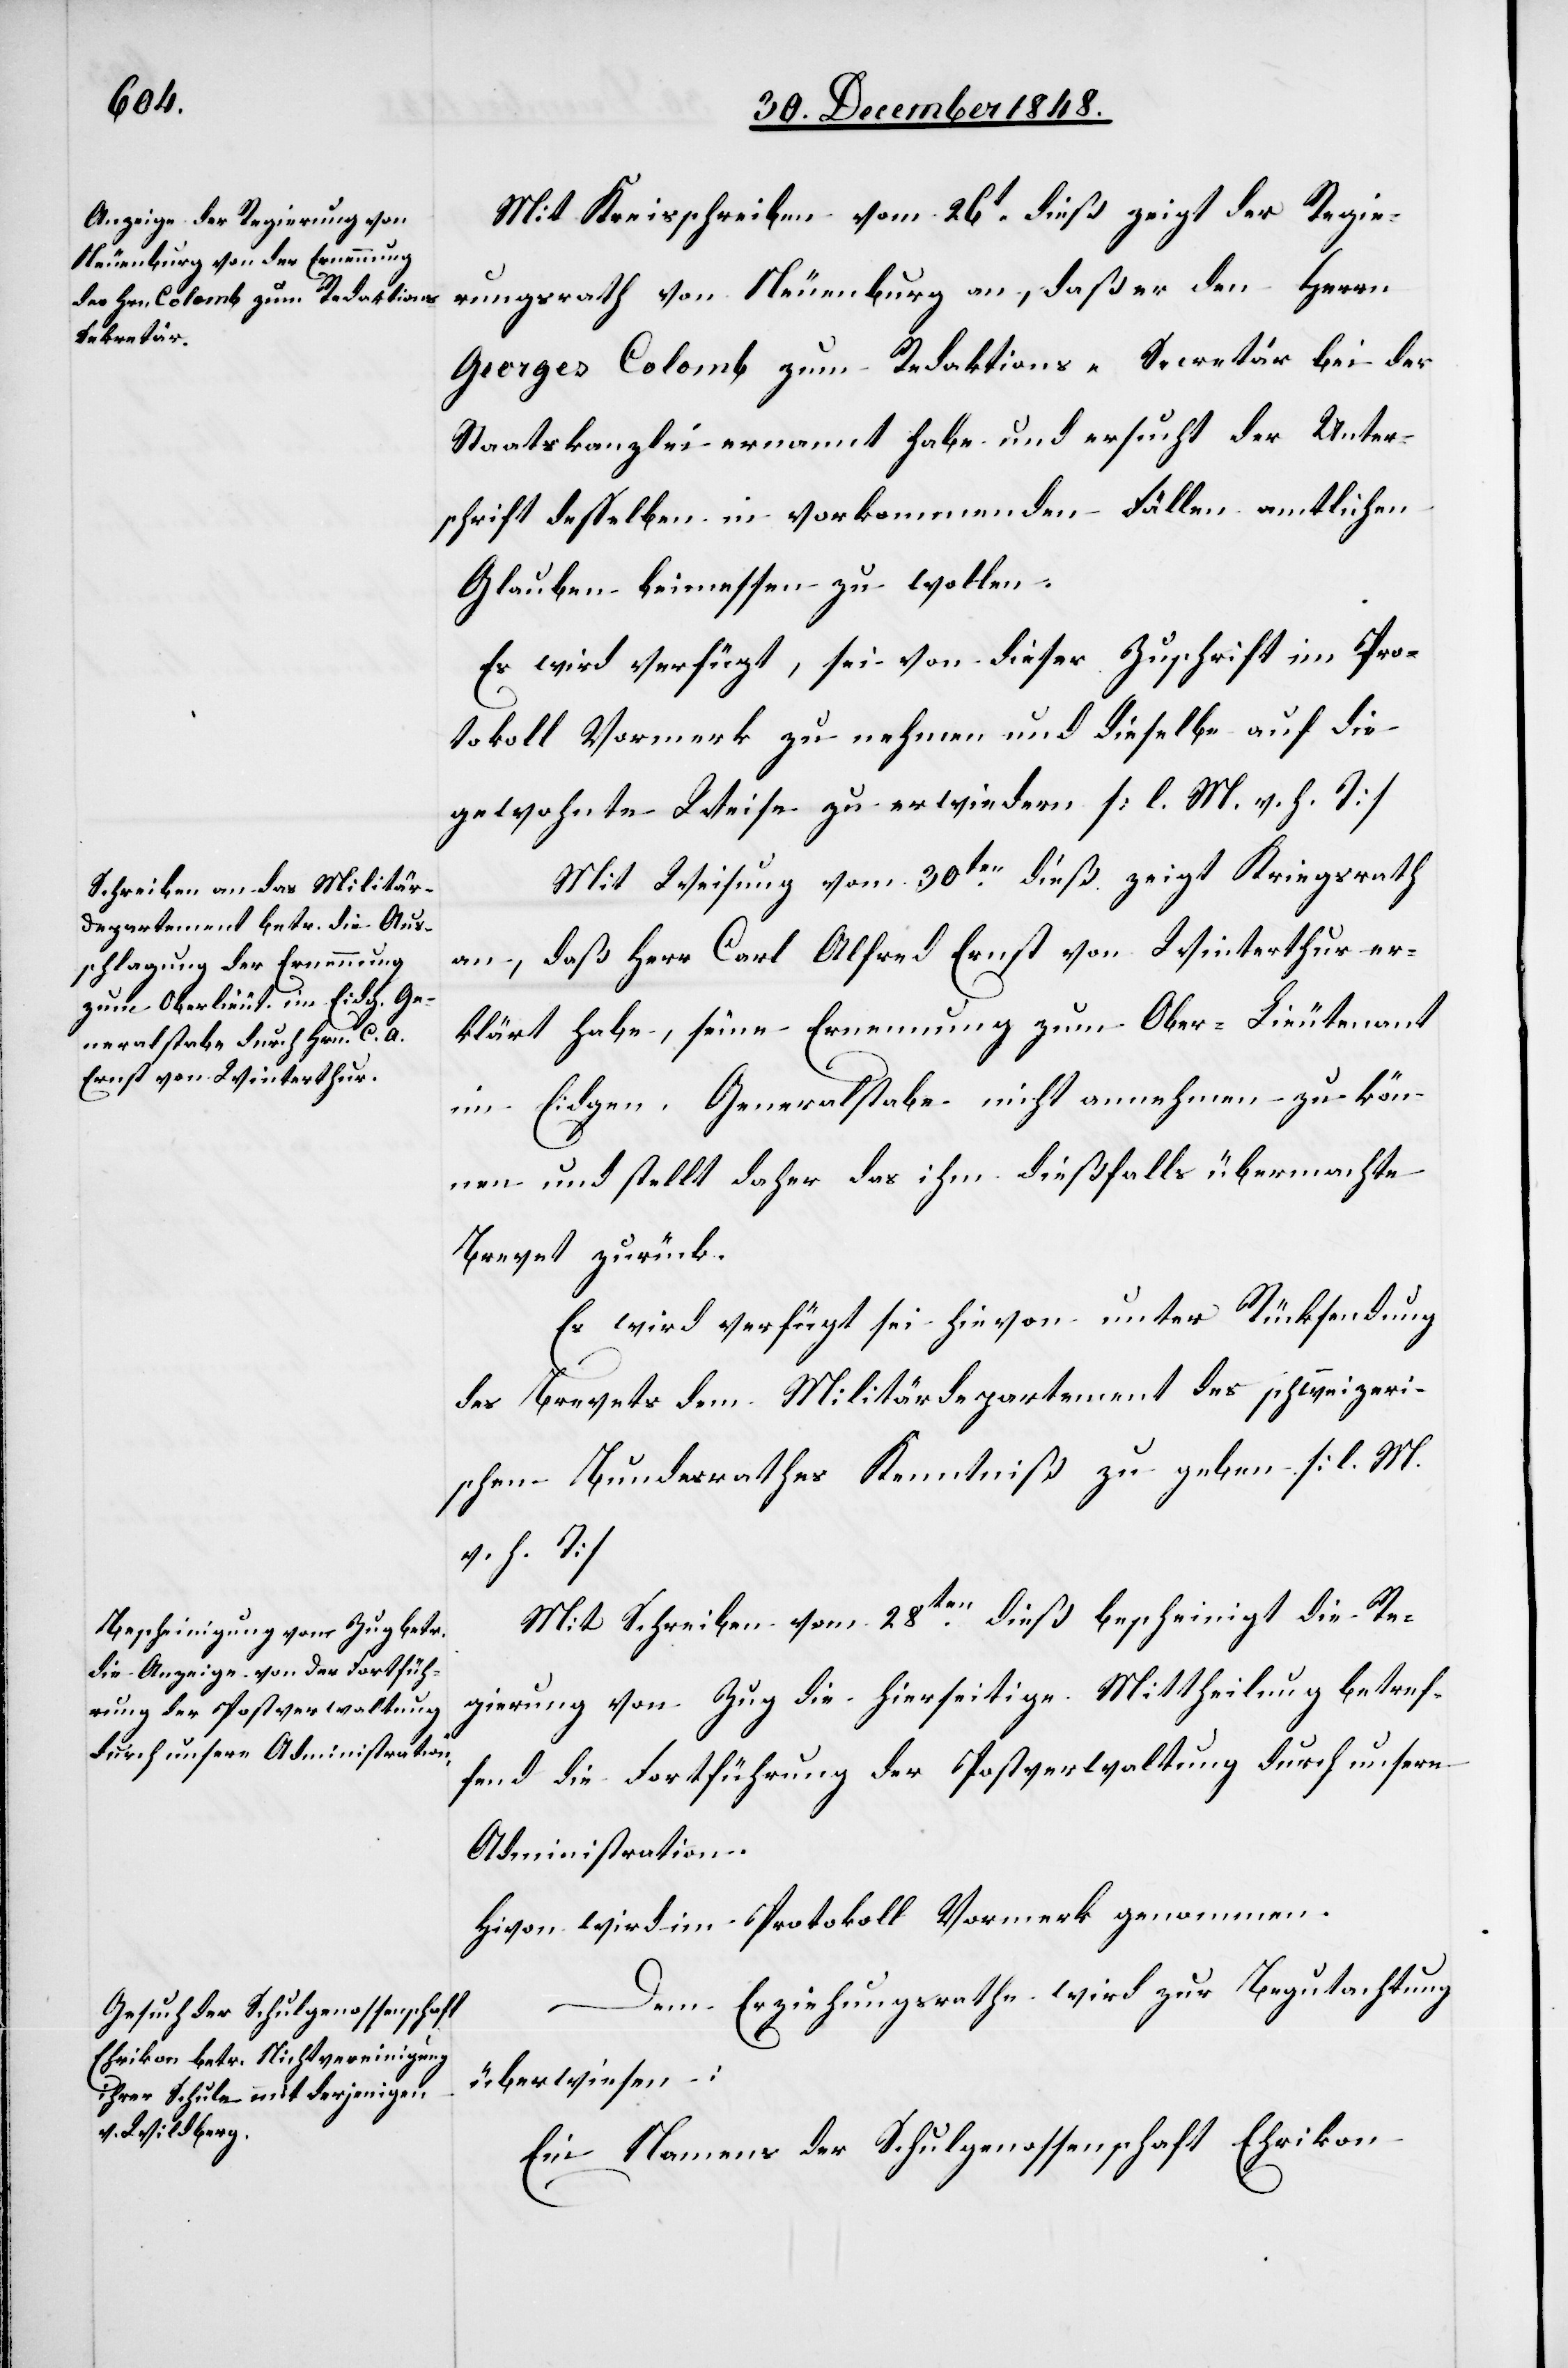
31t December 1848.]
Mit Kreisschreiben vom 26t dieß zeigt der Regie¬
rungsrath von Neuenburg an, daß er den Herrn
Georges Colomb zum Redaktions-Sekretär bei der
Staatskanzlei ernannt habe und ersucht der Unter¬
schrift desselben in vorkommenden Fällen amtlichen
Glauben beimessen zu wollen.
Es wird verfügt, sei von dieser Zuschrift im Pro¬
tokoll Vormerk zu nehmen und dieselbe auf die
gewohnte Weise zu erwiedern [l. M. v. h. T]
Mit Weisung vom 30ten dieß zeigt Kriegsrath
an, daß Herr Carl Alfred Ernst von Winterthur er¬
klärt habe, seine Ernennung zum Ober-Lieutenant
im Eidgen. Generalstabe nicht annehmen zu kön¬
nen und stellt daher das ihm dießfalls übermachte
Brevet zurück.
Es wird verfügt sei hievon unter Rücksendung
des Brevets dem Militärdepartement des schweizeri¬
schen Bundesrathes Kenntniß zu geben [l. M.
v. h. T]
Mit Schreiben vom 28ten dieß bescheinigt die Re¬
gierung von Zug die hierseitige Mittheilung betref¬
fend die Fortführung der Postverwaltung durch unsere
Administration.
Hivon wird im Protokoll Vormerk genommen.
Dem Erziehungsrathe wird zur Begutachtung
überwiesen:
Ein Namens der Schulgenossenschaft Ehrikon